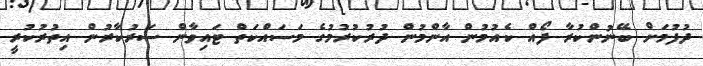
ދުފުމަށް ބޭނުންކުރާ ފޯއް ކެއުމުން އާންމުން ދުރުކުރުމުގެ މަސައްކަތް ޓައިވާން ސަރުކާރުން އިތުރުކުރީ